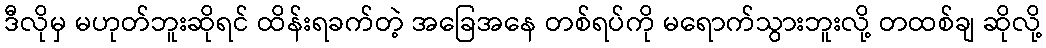
ဒီလိုမှ မဟုတ်ဘူးဆိုရင် ထိန်းရခက်တဲ့ အခြေအနေ တစ်ရပ်ကို မရောက်သွားဘူးလို့ တထစ်ချ ဆိုလို့